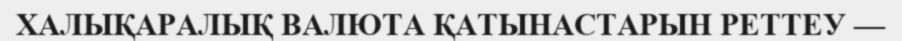
ХАЛЫҚАРАЛЫҚ ВАЛЮТА ҚАТЫНАСТАРЫН РЕТТЕУ —